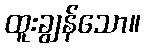
ထူးချွန်သော။